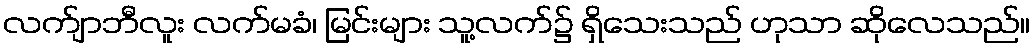
လက်ျာဘီလူး လက်မခံ၊ မြင်းများ သူ့လက်၌ ရှိသေးသည် ဟုသာ ဆိုလေသည်။